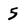
Character: 5